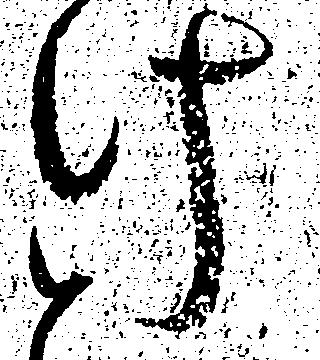
け